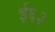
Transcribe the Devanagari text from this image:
ई६३